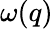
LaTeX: \omega(q)